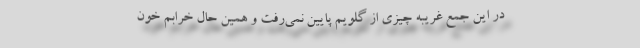
در این جمع غریبه چیزی از گلویم پایین نمی‌رفت و همین حال خرابم خون